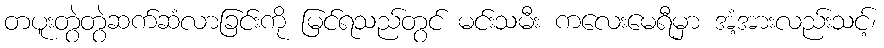
တပူးတွဲတွဲဆက်ဆံလာခြင်းကို မြင်ရသည်တွင် မင်းသမီး ကလေးမေရီမှာ အံ့အားလည်းသင့်၊